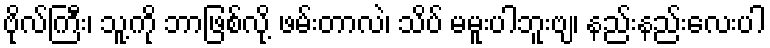
ဗိုလ်ကြီး၊ သူ့ကို ဘာဖြစ်လို့ ဖမ်းတာလဲ၊ သိပ် မမူးပါဘူးဗျ၊ နည်းနည်းလေးပါ